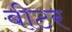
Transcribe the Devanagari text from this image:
बीटर